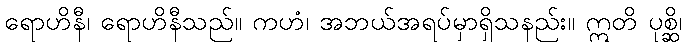
ရောဟိနီ၊ ရောဟိနီသည်။ ကဟံ၊ အဘယ်အရပ်မှာရှိသနည်း။ ဣတိ ပုစ္ဆိ၊